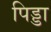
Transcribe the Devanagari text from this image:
पिड्डा